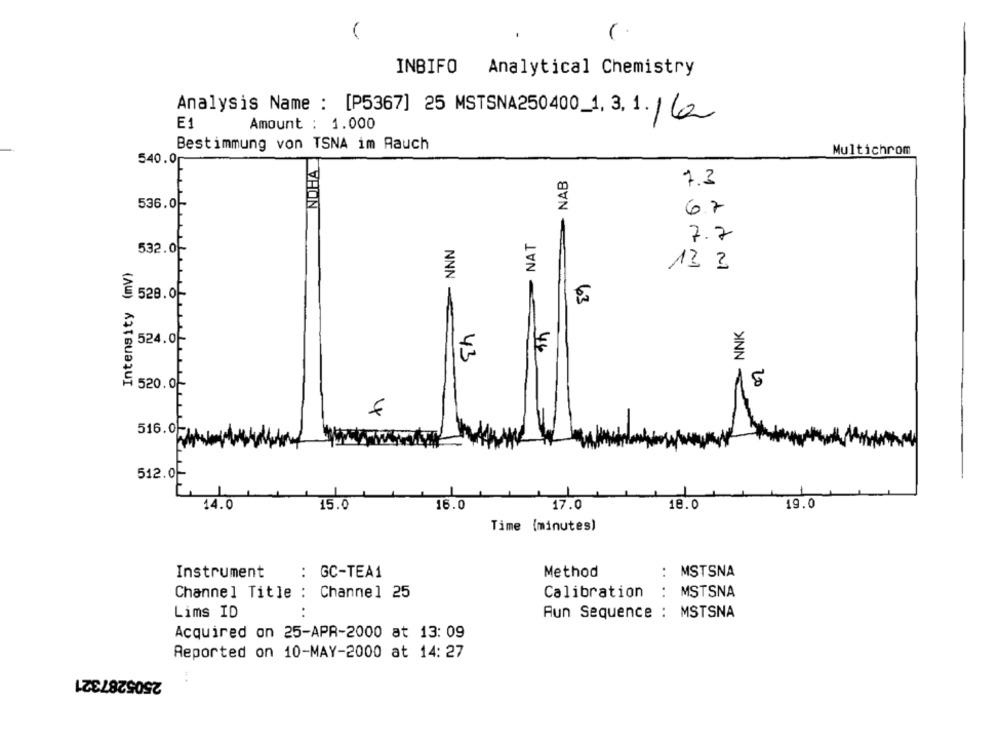
(
INBIFO Analytical Chemistry
Analysis Name : [P5367] 25 MSTSNA250400_1, 3. 1. 162
E1
Amount : 1.000
Bestimmung von TSNA im Rauch
NOHA
Multichrom
540.0
NAB
7.3
536.0-
6.7
NAT
7.7
NNN
532.0-
Intensity (mV)
13 3
529.0F
NNK
524.0-
46
43
520.0-
516.0-
512.0
16.0
17.0
18.0
19.0
14.0
15.0
Time (minutes)
. .
Instrument
GC-TEA1
Method
: MSTSNA
Calibration
: MSTSNA
Channel Title : Channel 25
..
Lims ID
Aun Sequence : MSTSNA
Acquired on 25-APR-2000 at 13: 09
Reported on 10-MAY-2000 at 14: 27
2505287321